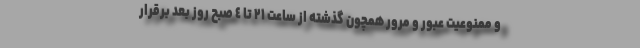
و ممنوعیت عبور و مرور همچون گذشته از ساعت ٢١ تا ٤ صبح روز بعد برقرار